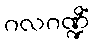
ဂလဂဏ္ဍိံ